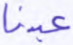
عبدنا